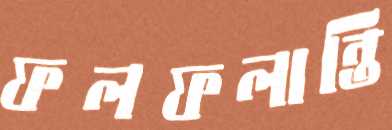
ফলফলান্তি